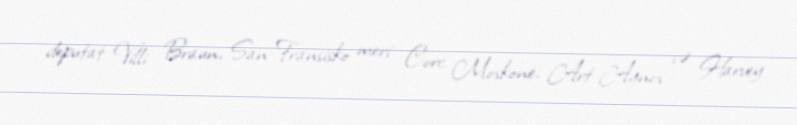
deputat Villi Braun, San-Fransisko meri Corc Moskone, Art Agnos və Harvey